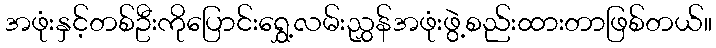
အဖုံးနှင့်တစ်ဦးကိုပြောင်းရွှေ့လမ်းညွှန်အဖုံးဖွဲ့စည်းထားတာဖြစ်တယ်။